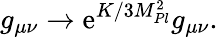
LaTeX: g_{\mu\nu}\rightarrow\mathrm{e}^{K/3M_{Pl}^{2}}g_{\mu\nu}.